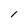
Character: l